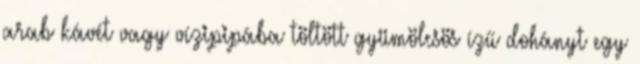
arab kávét vagy vízipipába töltött gyümölcsös ízű dohányt egy